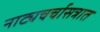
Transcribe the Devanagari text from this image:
नाट्यचर्चासत्रात